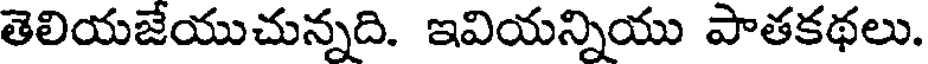
తెలియజేయుచున్నది. ఇవియన్నియు పాతకథలు.